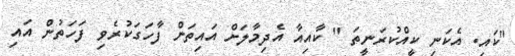
"ކައި. އެކަނި ކީއްކުރަނީތަ " ކާއިއާ އެދިމާލަށް އައިތަން ފާހަގަކުރެވި ފަހަތުން އައި